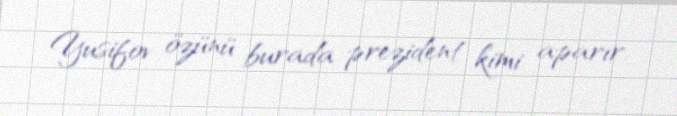
Yusifov özünü burada prezident kimi aparır.